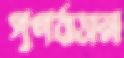
পুণর্বাসন